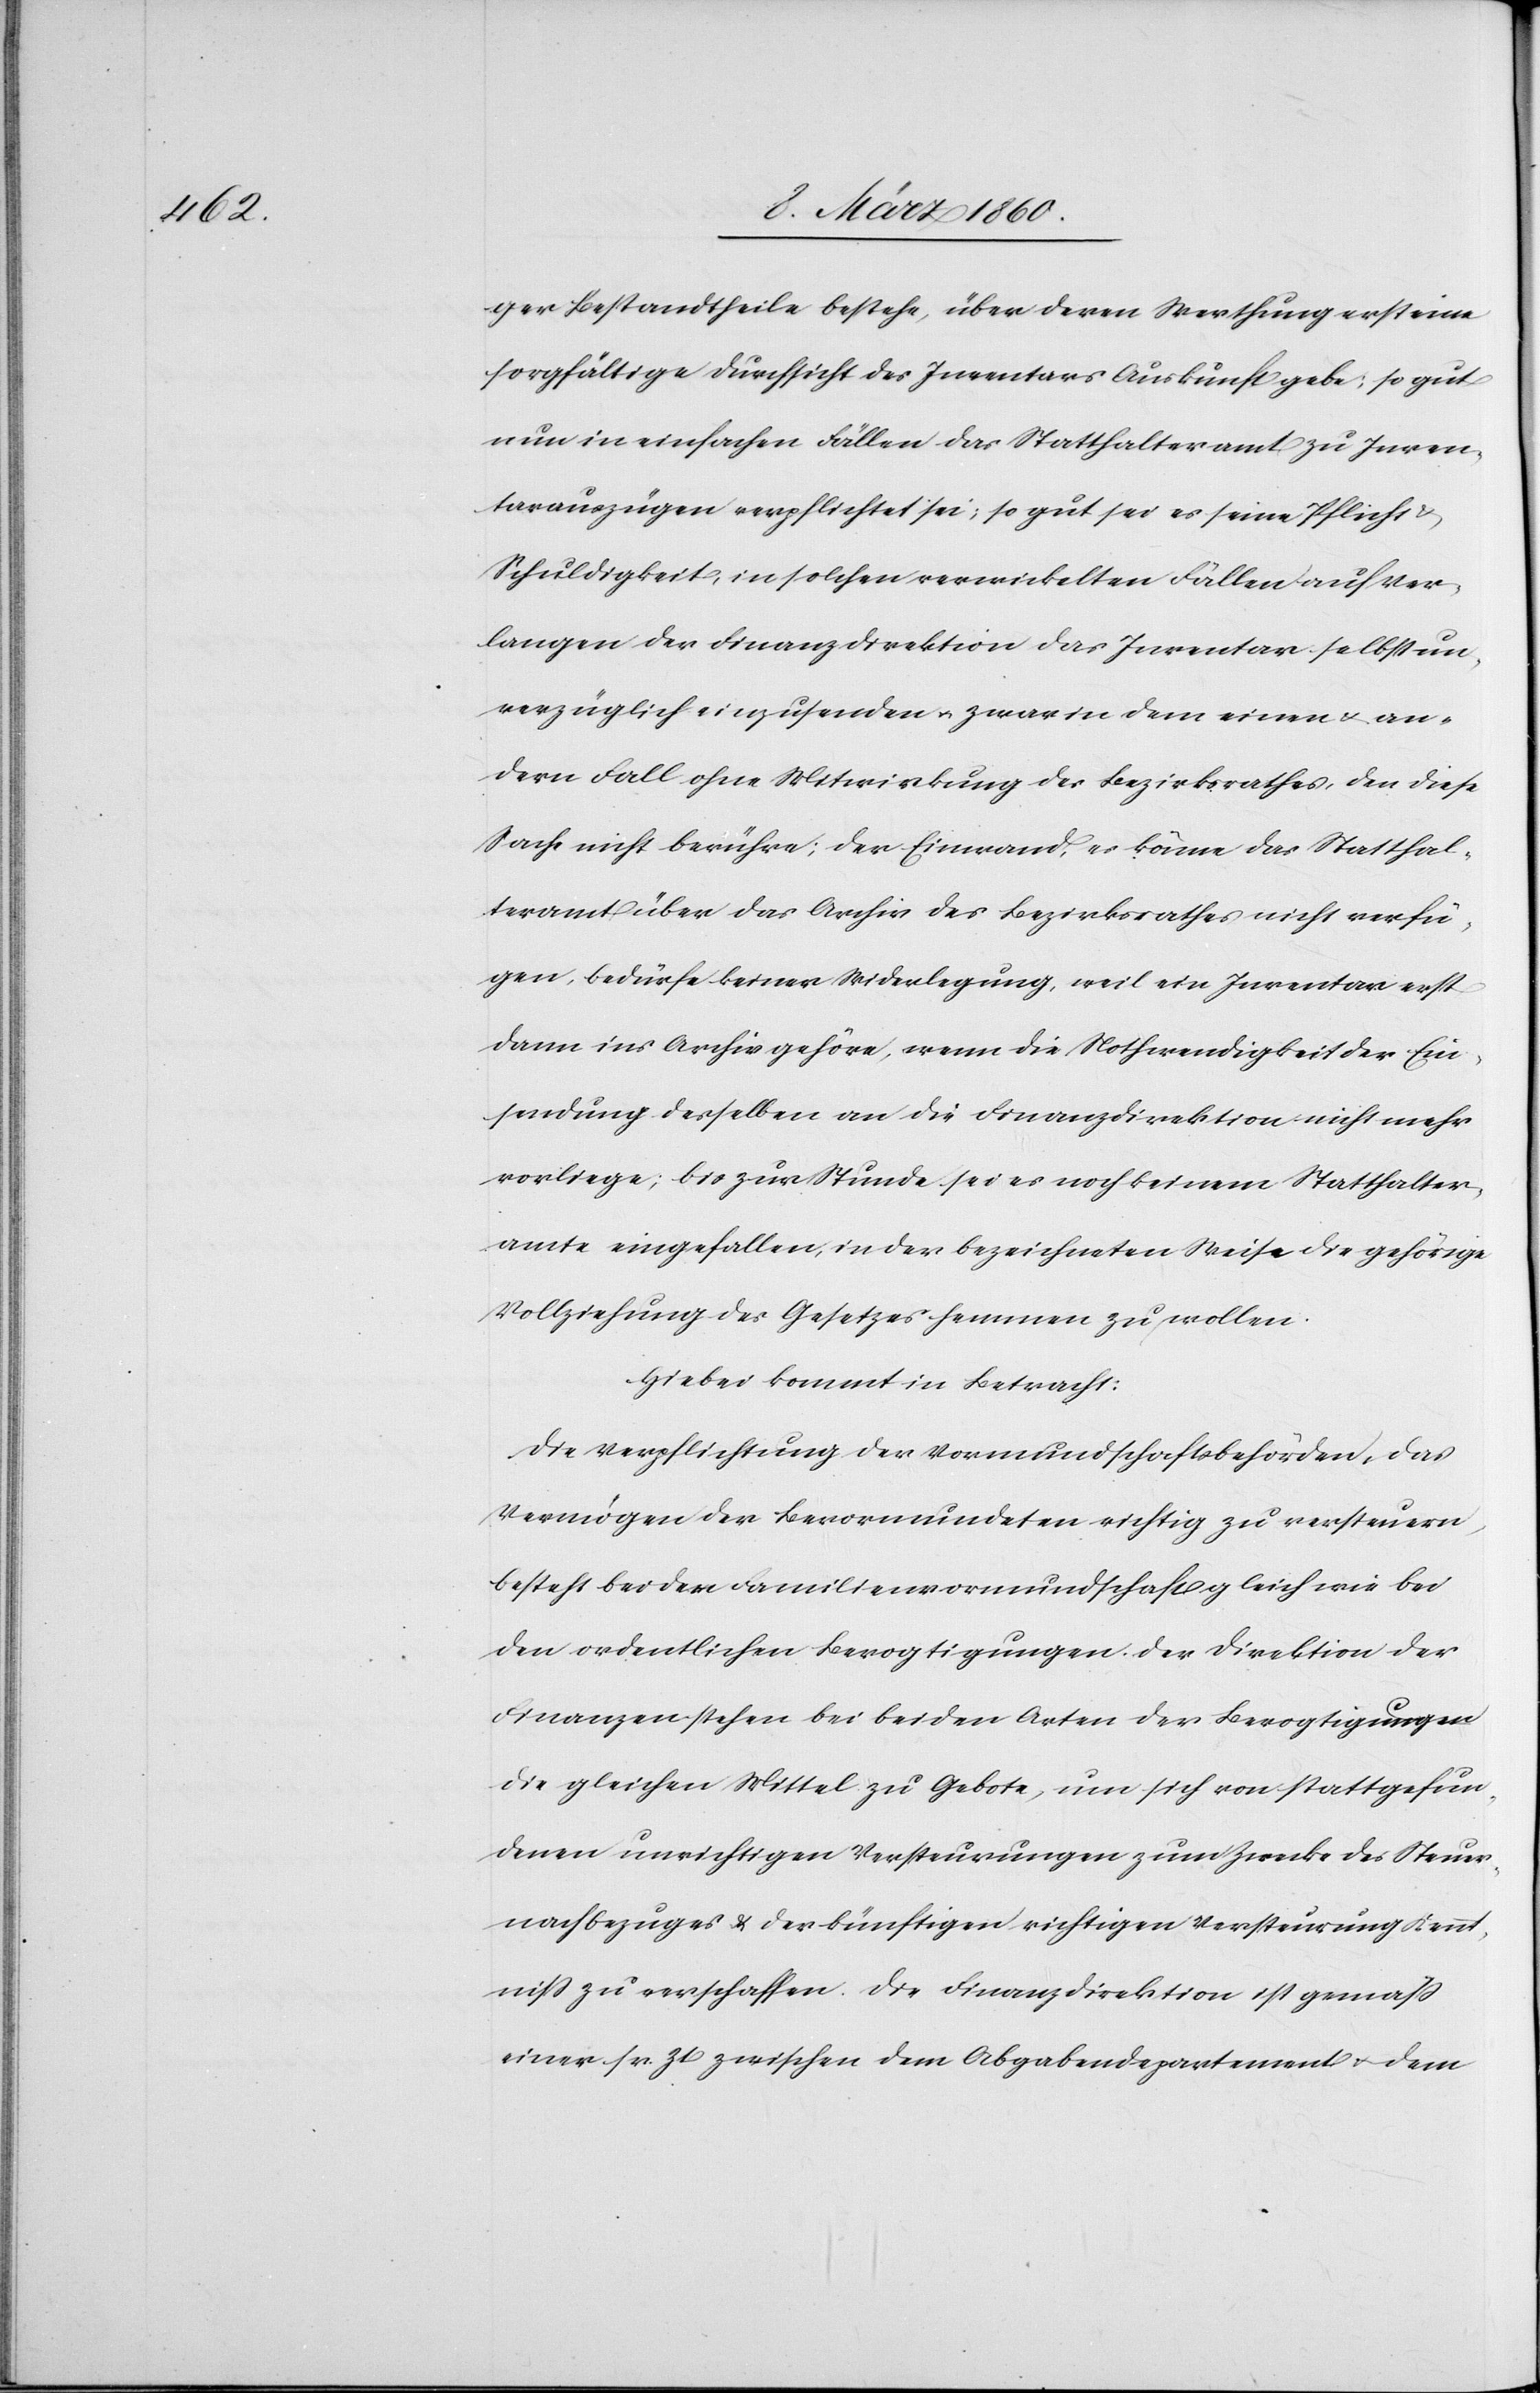
ger Bestandtheile bestehe, über deren Werthung erst eine
sorgfältige Durchsicht des Inventars Auskunft gebe, so gut
nun in einfachen Fällen das Statthalteramt zu Inven¬
tarauszügen verpflichtet sei; so gut sei es seine Pflicht
Schuldigkeit, in solchen verwickelten Fällen auf Ver¬
langen der Finanzdirektion das Inventar selbst un¬
verzüglich einzusenden u. zwar in dem einen u. an¬
dern Fall ohne Mitwirkung des Bezirksrathes, den diese
Sache nicht berühre; der Einwand, es könne das Statthal¬
teramt über das Archiv des Bezirksrathes nicht verfü¬
gen, bedürfe keiner Widerlegung, weil ein Inventar erst
dann ins Archiv gehöre, wenn die Nothwendigkeit der Ein¬
sendung desselben an die Finanzdirektion nicht mehr
vorliege; bis zur Stunde sei es noch keinem Statthalter¬
amte eingefallen, in der bezeichneten Weise die gehörige
Vollziehung des Gesetzes hemmen zu wollen.
Hiebei kommt in Betracht:
Die Verpflichtung der Vormundschaftsbehörden, das
Vermögen der Bevormundeten richtig zu versteuern,
besteht bei der Familienvormundschaft gleich wie bei
den ordentlichen Bevogtigungen. Der Direktion der
Finanzen stehen bei beiden Arten der Bevogtigungen
die gleichen Mittel zu Gebote, um sich von stattgefun¬
denen unrichtigen Versteuerungen zum Zecke des Steuer¬
nachbezuges u. der künftigen richtigen Versteuerung Kennt¬
niss zu verschaffen. Die Finanzdirektion ist gemäss
einer sr. Zt. zwischen dem Abgabendepartement u. dem